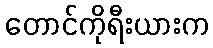
တောင်ကိုရီးယားက